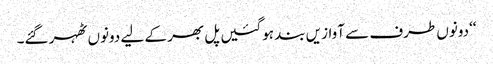
‘‘دونوں طرف سے آوازیں بند ہوگئیں پل بھر کے لیے دونوں ٹھہر گئے۔